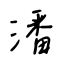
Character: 潘